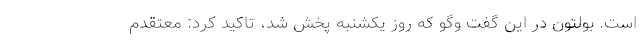
است. بولتون در این گفت وگو که روز یکشنبه پخش شد، تاکید کرد: معتقدم